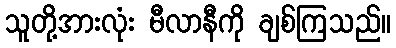
သူတို့အားလုံး မီလာနီကို ချစ်ကြသည်။